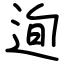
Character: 迿